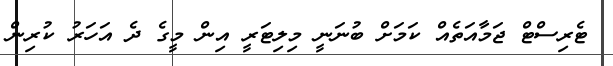
ޓެރިސްޓް ޖަމާއަތެއް ކަމަށް ބުނަނީ މިލިޓަރީ އިން މީގެ ދެ އަހަރު ކުރިން